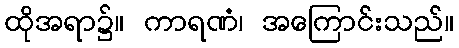
ထိုအရာ၌။ ကာရဏံ၊ အကြောင်းသည်။